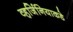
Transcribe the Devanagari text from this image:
व्हर्जिनियाकडे